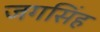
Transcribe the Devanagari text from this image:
जगसिंह